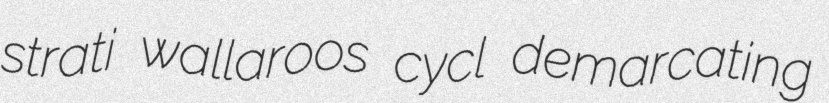
strati wallaroos cycl demarcating